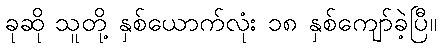
ခုဆို သူတို့ နှစ်ယောက်လုံး ၁၈ နှစ်ကျော်ခဲ့ပြီ။